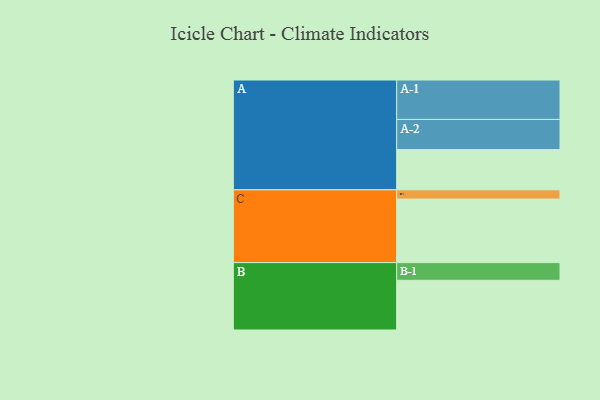
{"axis": {"x": "Segment", "y": "Value"}, "legend": ["", "A", "B", "C"], "data": [{"x": "A", "y": 305, "type": ""}, {"x": "B", "y": 377, "type": ""}, {"x": "C", "y": 482, "type": ""}, {"x": "A-1", "y": 299, "type": "A"}, {"x": "A-2", "y": 229, "type": "A"}, {"x": "B-1", "y": 134, "type": "B"}, {"x": "C-1", "y": 70, "type": "C"}]}